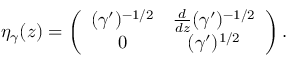
\eta _ { \gamma } ( z ) = \left( \begin{array} { c c } { { ( \gamma ^ { \prime } ) ^ { - 1 / 2 } } } & { { { \frac { d } { d z } } ( \gamma ^ { \prime } ) ^ { - 1 / 2 } } } \\ { { 0 } } & { { ( \gamma ^ { \prime } ) ^ { 1 / 2 } } } \end{array} \right) .